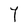
Character: Y